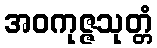
အဝကုဇ္ဇသုတ္တံ